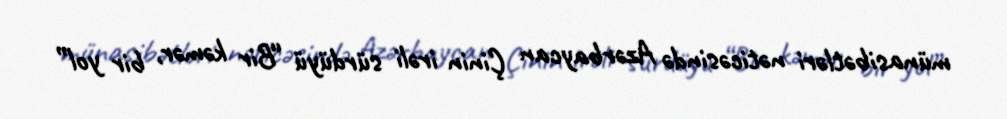
münasibətləri nəticəsində Azərbaycan Çinin irəli sürdüyü “Bir kəmər, bir yol”